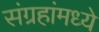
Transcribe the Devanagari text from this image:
संग्रहांमध्ये